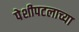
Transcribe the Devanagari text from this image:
पेशीपटलाच्या